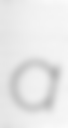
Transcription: a